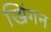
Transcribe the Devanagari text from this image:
खिंगन